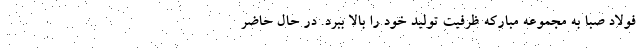
فولاد صبا به مجموعه مبارکه ظرفیت تولید خود را بالا ببرد. در حال حاضر